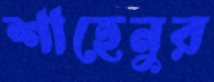
শাহেনুর